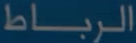
الرباط